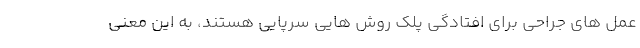
عمل های جراحی برای افتادگی پلک روش هایی سرپایی هستند، به این معنی